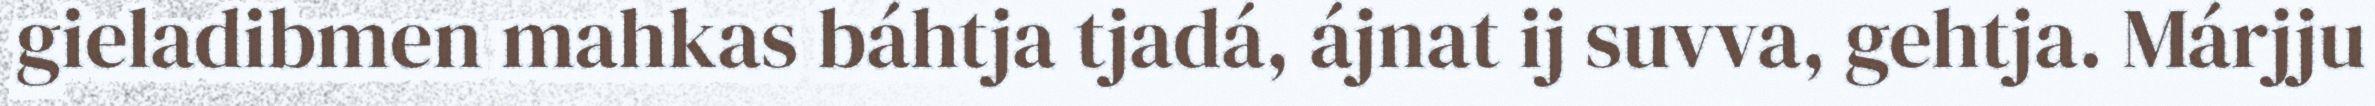
gieladibmen mahkas báhtja tjadá, ájnat ij suvva, gehtja. Márjju